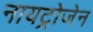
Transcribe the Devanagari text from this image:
नायट्रोजेन